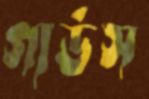
গার্ডস